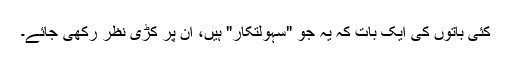
کئی باتوں کی ایک بات کہ یہ جو "سہولتکار" ہیں، ان پر کڑی نظر رکھی جائے۔